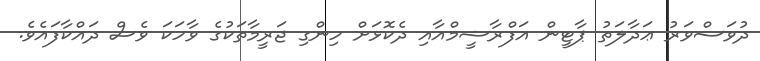
ދުވަސްވަރު ޢަދާލަތު ޕާޓީން އަފްރާޝީމްއާއި ދެކޮޅަށް ހިންގި ޖަރީމާތަކުގެ ވާހަކަ ވެސް ދައްކާފައެވެ.